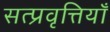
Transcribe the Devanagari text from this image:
सत्प्रवृत्तियाँ